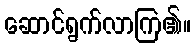
ဆောင်ရွက်လာကြ၏။